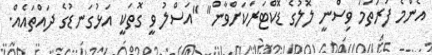
އެންމެ ފުރަތަމަ ވިސްނީ ލޮލުގެ ޑޮކްޓަރަކަށްވާން" "އަސްލު ވީ ގޮތަކީ އަޅުގަނޑުގެ ދައްތައެއް.